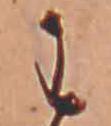
わ